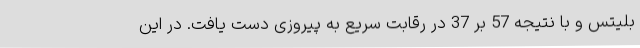
بلیتس و با نتیجه 57 بر 37 در رقابت سریع به پیروزی دست یافت. در این